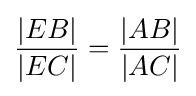
{\frac {|EB|}{|EC|}}={\frac {|AB|}{|AC|}}